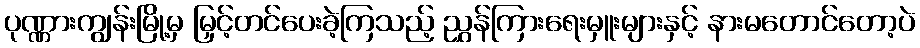
ပုဏ္ဏားကျွန်းမြို့မှ မြှင့်တင်ပေးခဲ့ကြသည့် ညွှန်ကြားရေးမှူးများနှင့် နားမတောင်တော့ပဲ